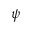
\psi